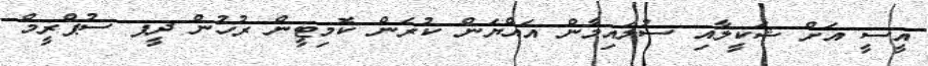
އީސީ އަށް ޝަކީލާއި ސުލައިމާން އައްޔަން ކުރަން ކޮމިޓީން ރުހުން ދީފ ސުޕްރީމް